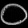
Digit: ၀